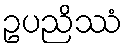
ဥပညိဿံ